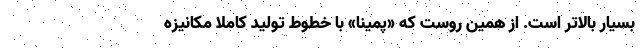
بسیار بالاتر است. از همین روست که «پمینا» با خطوط تولید کاملا مکانیزه